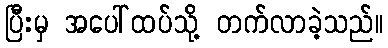
ပြီးမှ အပေါ်ထပ်သို့ တက်လာခဲ့သည်။